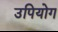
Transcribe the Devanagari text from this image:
उपियोग